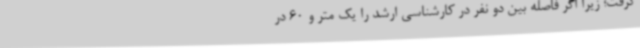
گرفت؛ زیرا اگر فاصله بین دو نفر در کارشناسی ارشد را یک متر و 60 در